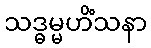
သဒ္ဓမ္မဟိံသနာ